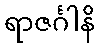
ရာဇင်္ဂါနိ